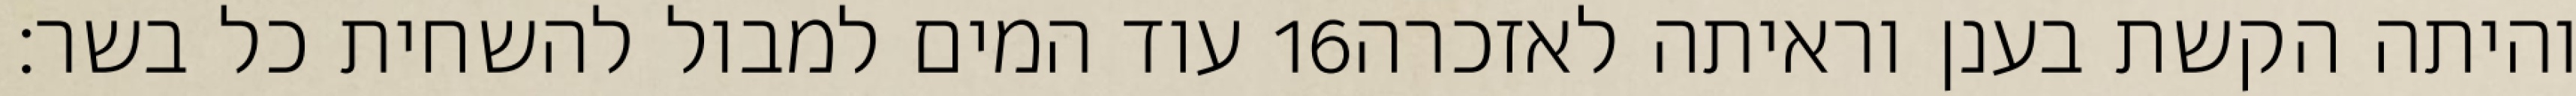
עוד המים למבול להשחית כל בשר׃ ‎16‏ והיתה הקשת בענן וראיתה לאזכרה